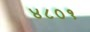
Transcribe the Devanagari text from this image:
४८०१